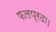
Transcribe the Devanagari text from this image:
फलप्रदा।